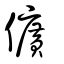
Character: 儣